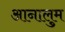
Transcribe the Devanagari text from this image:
आनालुम